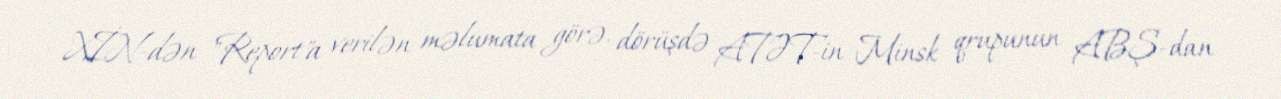
XİN-dən "Report"a verilən məlumata görə, dörüşdə ATƏT-in Minsk qrupunun ABŞ-dan